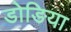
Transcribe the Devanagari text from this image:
डोङिया